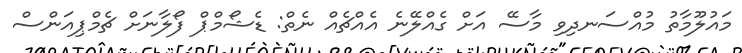
މައުލޫމާތު މުއްސަނދިވި މާސޭ އަށް ގެއްލޭނެ އެއްޗެއް ނެތް: ޑެޝޯމްޕް ފޯލާނަށް ޗެމްޕިއަންސް